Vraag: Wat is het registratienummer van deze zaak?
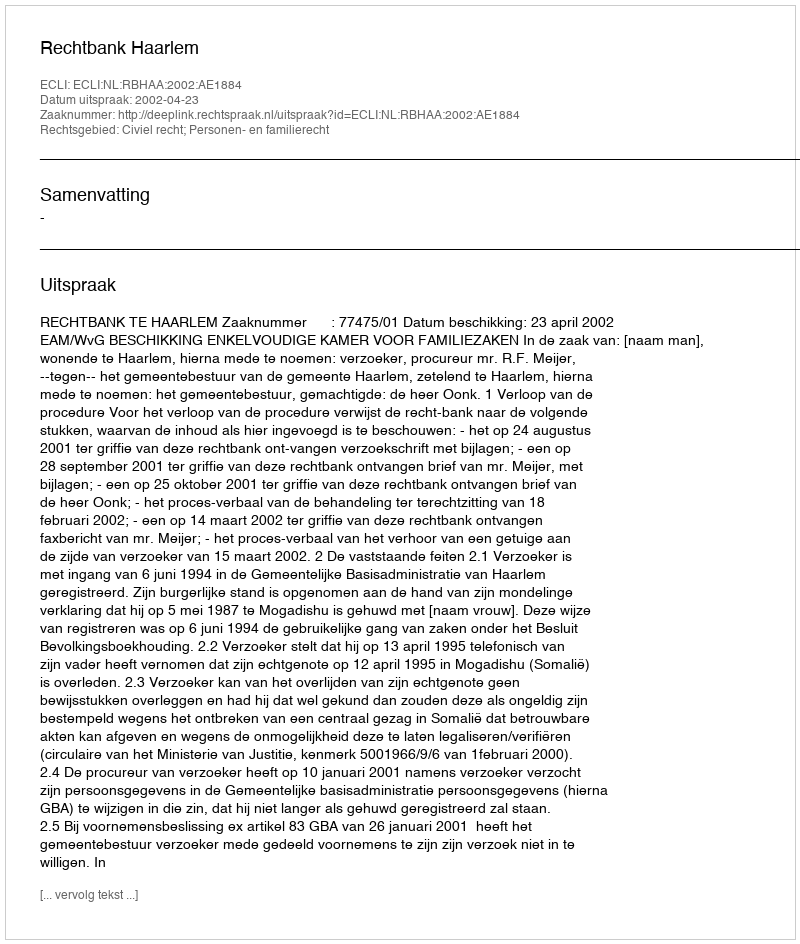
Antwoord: http://deeplink.rechtspraak.nl/uitspraak?id=ECLI:NL:RBHAA:2002:AE1884